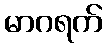
မာဂရက်